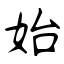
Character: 始